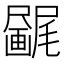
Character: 𫥯